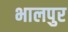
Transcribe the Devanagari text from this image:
भालपुर